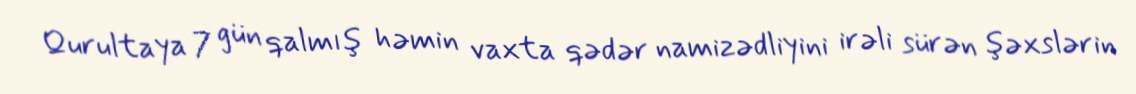
Qurultaya 7 gün qalmış həmin vaxta qədər namizədliyini irəli sürən şəxslərin